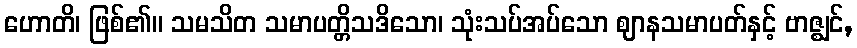
ဟောတိ၊ ဖြစ်၏။ သမသိတ သမာပတ္တိသဒိသော၊ သုံးသပ်အပ်သော ဈာနသမာပတ်နှင့် ဗာဇ္ဈင်,